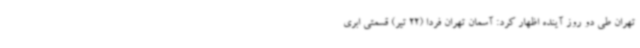
تهران طی دو روز آینده اظهار کرد: آسمان تهران فردا (22 تیر) قسمتی ابری